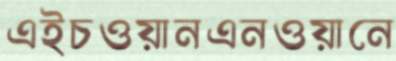
এইচওয়ানএনওয়ানে